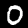
Digit: 0